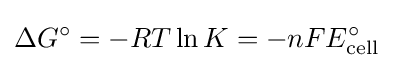
\Delta G^{\circ }=-RT\ln K=-nFE_{\mathrm {cell} }^{\circ }